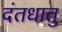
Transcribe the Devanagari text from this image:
दंतधातु